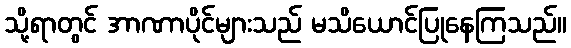
သို့ရာတွင် အာဏာပိုင်များသည် မသိယောင်ပြုနေကြသည်။